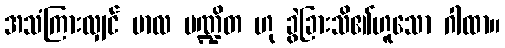
အသံကြားလျှင် ဗာလ ပဏ္ဍိတ ဟု ခွဲခြားသိ၏ဟူသော ဂါထာ။